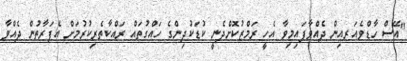
"އޭސް ހާޑްވެއަރއިން ދެއްވާފައިމިވާ އެހީ ރަމްޒުކޮށްދެނީ ކުޑަކުދިންގެ ހައްގުތައް ރައްކާތެރިކުރުމަށް އެފަރާތުން ދެއްވާ